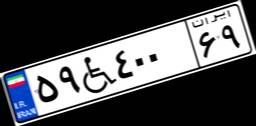
۵۹W۴۰۰۶۹